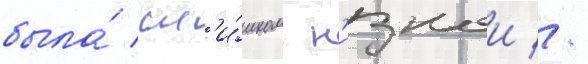
была́ сл'и́шком н'изкои //